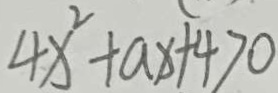
4 x ^ { 2 } + a x + 4 > 0